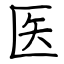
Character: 医